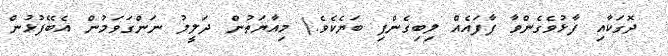
ދޮގަކާއި ފާޅުވެގެންވާ ފާފައެއް ލިބިގެންފި ބަޔެކެވެ.) މިއާޔަތުން ދަލީލު ނަންގަވަމުން އެބޭފުޅުން